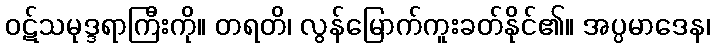
ဝဋ်သမုဒ္ဒရာကြီးကို။ တရတိ၊ လွန်မြောက်ကူးခတ်နိုင်၏။ အပ္ပမာဒေန၊